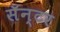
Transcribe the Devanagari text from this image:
सॅन्टर